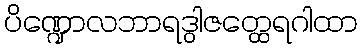
ပိဏ္ဍောလဘာရဒွါဇတ္ထေရဂါထာ